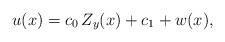
LaTeX: \begin{align*} u(x)=c_0\,Z_y(x)+c_1+w(x), \end{align*}